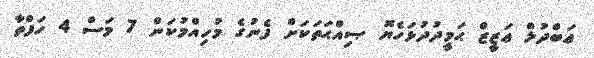
ޢަބްދުލް ޢަޒީޒް ޙަމީދުދުޅަހެޔޮ ޞިއްޙަތަކަށް ފެނުގެ މުހިއްމުކަން 7 މަސް 4 ހަފްތާ